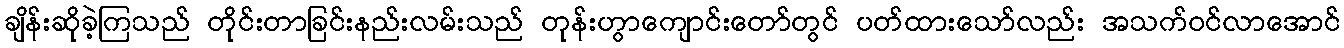
ချိန်းဆိုခဲ့ကြသည် တိုင်းတာခြင်းနည်းလမ်းသည် တုန်းဟွာကျောင်းတော်တွင် ပတ်ထားသော်လည်း အသက်ဝင်လာအောင်